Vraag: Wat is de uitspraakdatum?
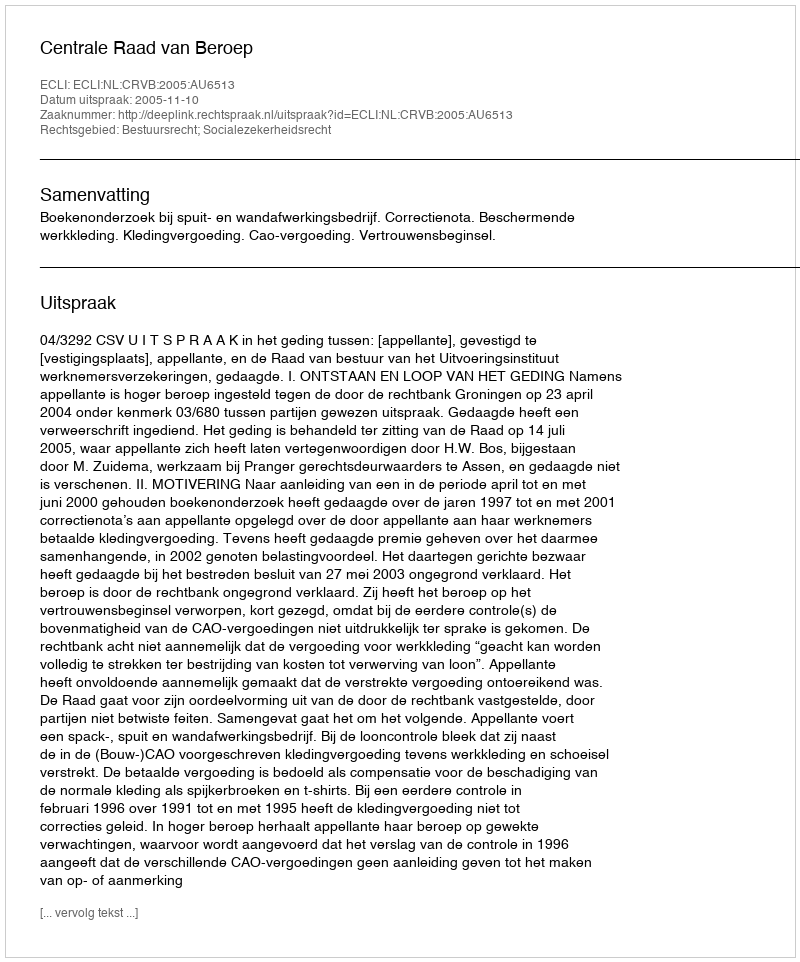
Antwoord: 2005-11-10